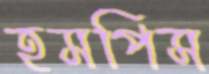
হসপিস